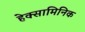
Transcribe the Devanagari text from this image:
हेक्सामिनिक